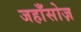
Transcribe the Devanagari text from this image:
जहाँसोज़